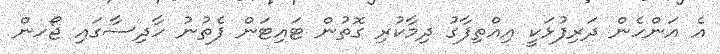
އެ އަންހެން ދަރިފުޅަކީ އިއްތިފާގު ދިމާކުރި ގޮތުން ޓައިޓަން ފެތުނު ހާދިސާގައި ޖޯހން